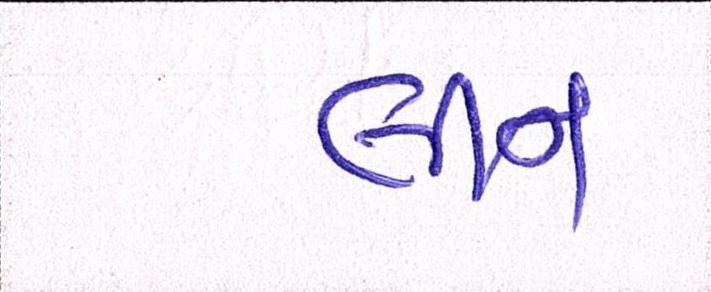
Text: લીન